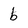
Character: b